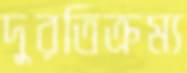
দুরতিক্রম্য